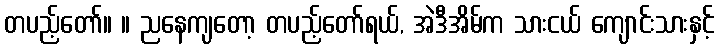
တပည့်တော်။ ။ ညနေကျတော့ တပည့်တော်ရယ်, အဲဒီအိမ်က သားငယ် ကျောင်းသားနှင့်